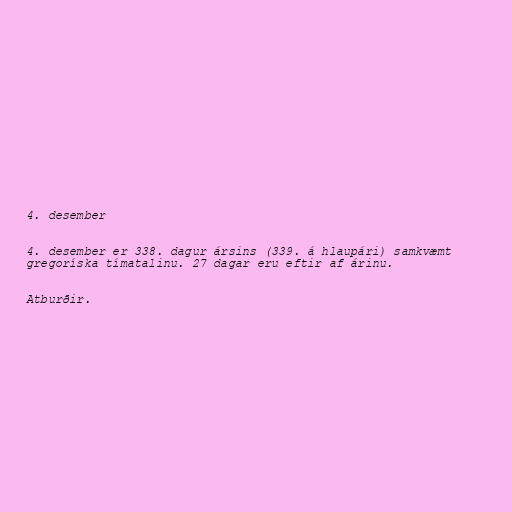
4. desember

4. desember er 338. dagur ársins (339. á hlaupári) samkvæmt
gregoríska tímatalinu. 27 dagar eru eftir af árinu.

Atburðir.